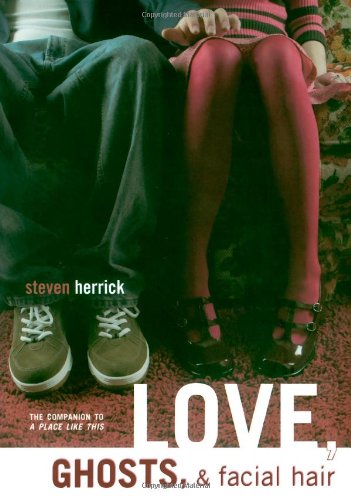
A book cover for Love, Ghosts, & Facial Hair; Steven Herrick; Teen & Young Adult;